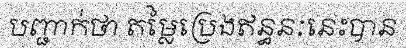
បញ្ជាក់ថា តម្លៃប្រេងឥន្ធនៈនេះបាន